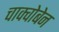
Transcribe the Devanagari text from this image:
चाक्चोबेन